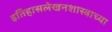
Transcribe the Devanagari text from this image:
इतिहासलेखनशास्त्राच्या